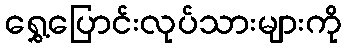
ရွှေ့ပြောင်းလုပ်သားများကို